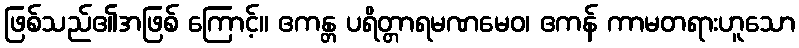
ဖြစ်သည်၏အဖြစ် ကြောင့်။ ဧကန္တ ပရိတ္တာရမဏမေဝ၊ ဧကန် ကာမတရားဟူသော